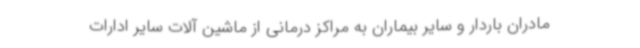
مادران باردار و سایر بیماران به مراکز درمانی از ماشین آلات سایر ادارات